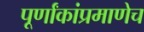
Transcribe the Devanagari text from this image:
पूर्णांकांप्रमाणेच